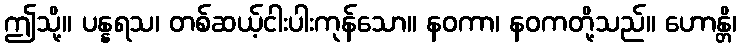
ဤသို့။ ပန္နရသ၊ တစ်ဆယ့်ငါးပါးကုန်သော။ နဝကာ၊ နဝကတို့သည်။ ဟောန္တိ၊